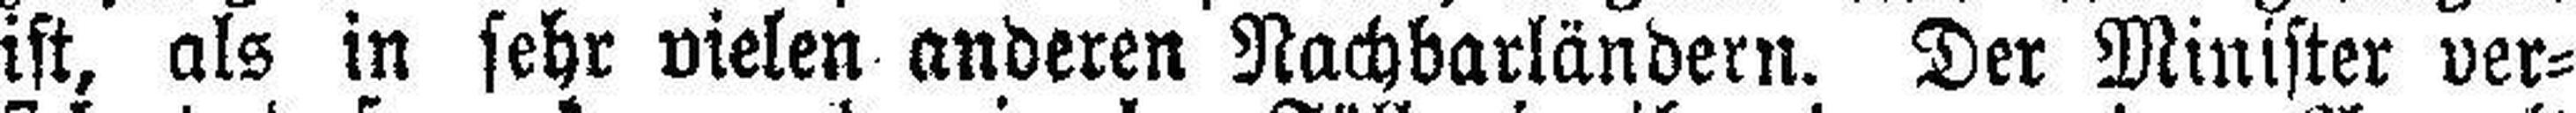
ist, als in sehr vielen anderen Nachbarländern. Der Minister ver¬